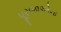
પૂરજાઓના